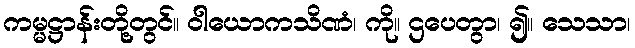
ကမ္မဋ္ဌာန်းတို့တွင်။ ဝါယောကသိဏံ၊ ကို။ ဌပေတွာ၊ ၍။ သေသာ၊